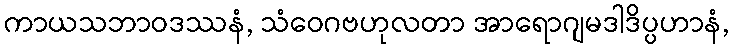
ကာယသဘာဝဒဿနံ, သံဝေဂဗဟုလတာ အာရောဂျမဒါဒိပ္ပဟာနံ,